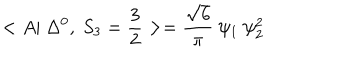
< A | ~ \Delta ^ { 0 } , ~ S _ { 3 } = \frac { 3 } { 2 } > = \frac { \sqrt { 6 } } { \pi } ~ \psi _ { 1 } ~ \psi _ { 2 } ^ { 2 }